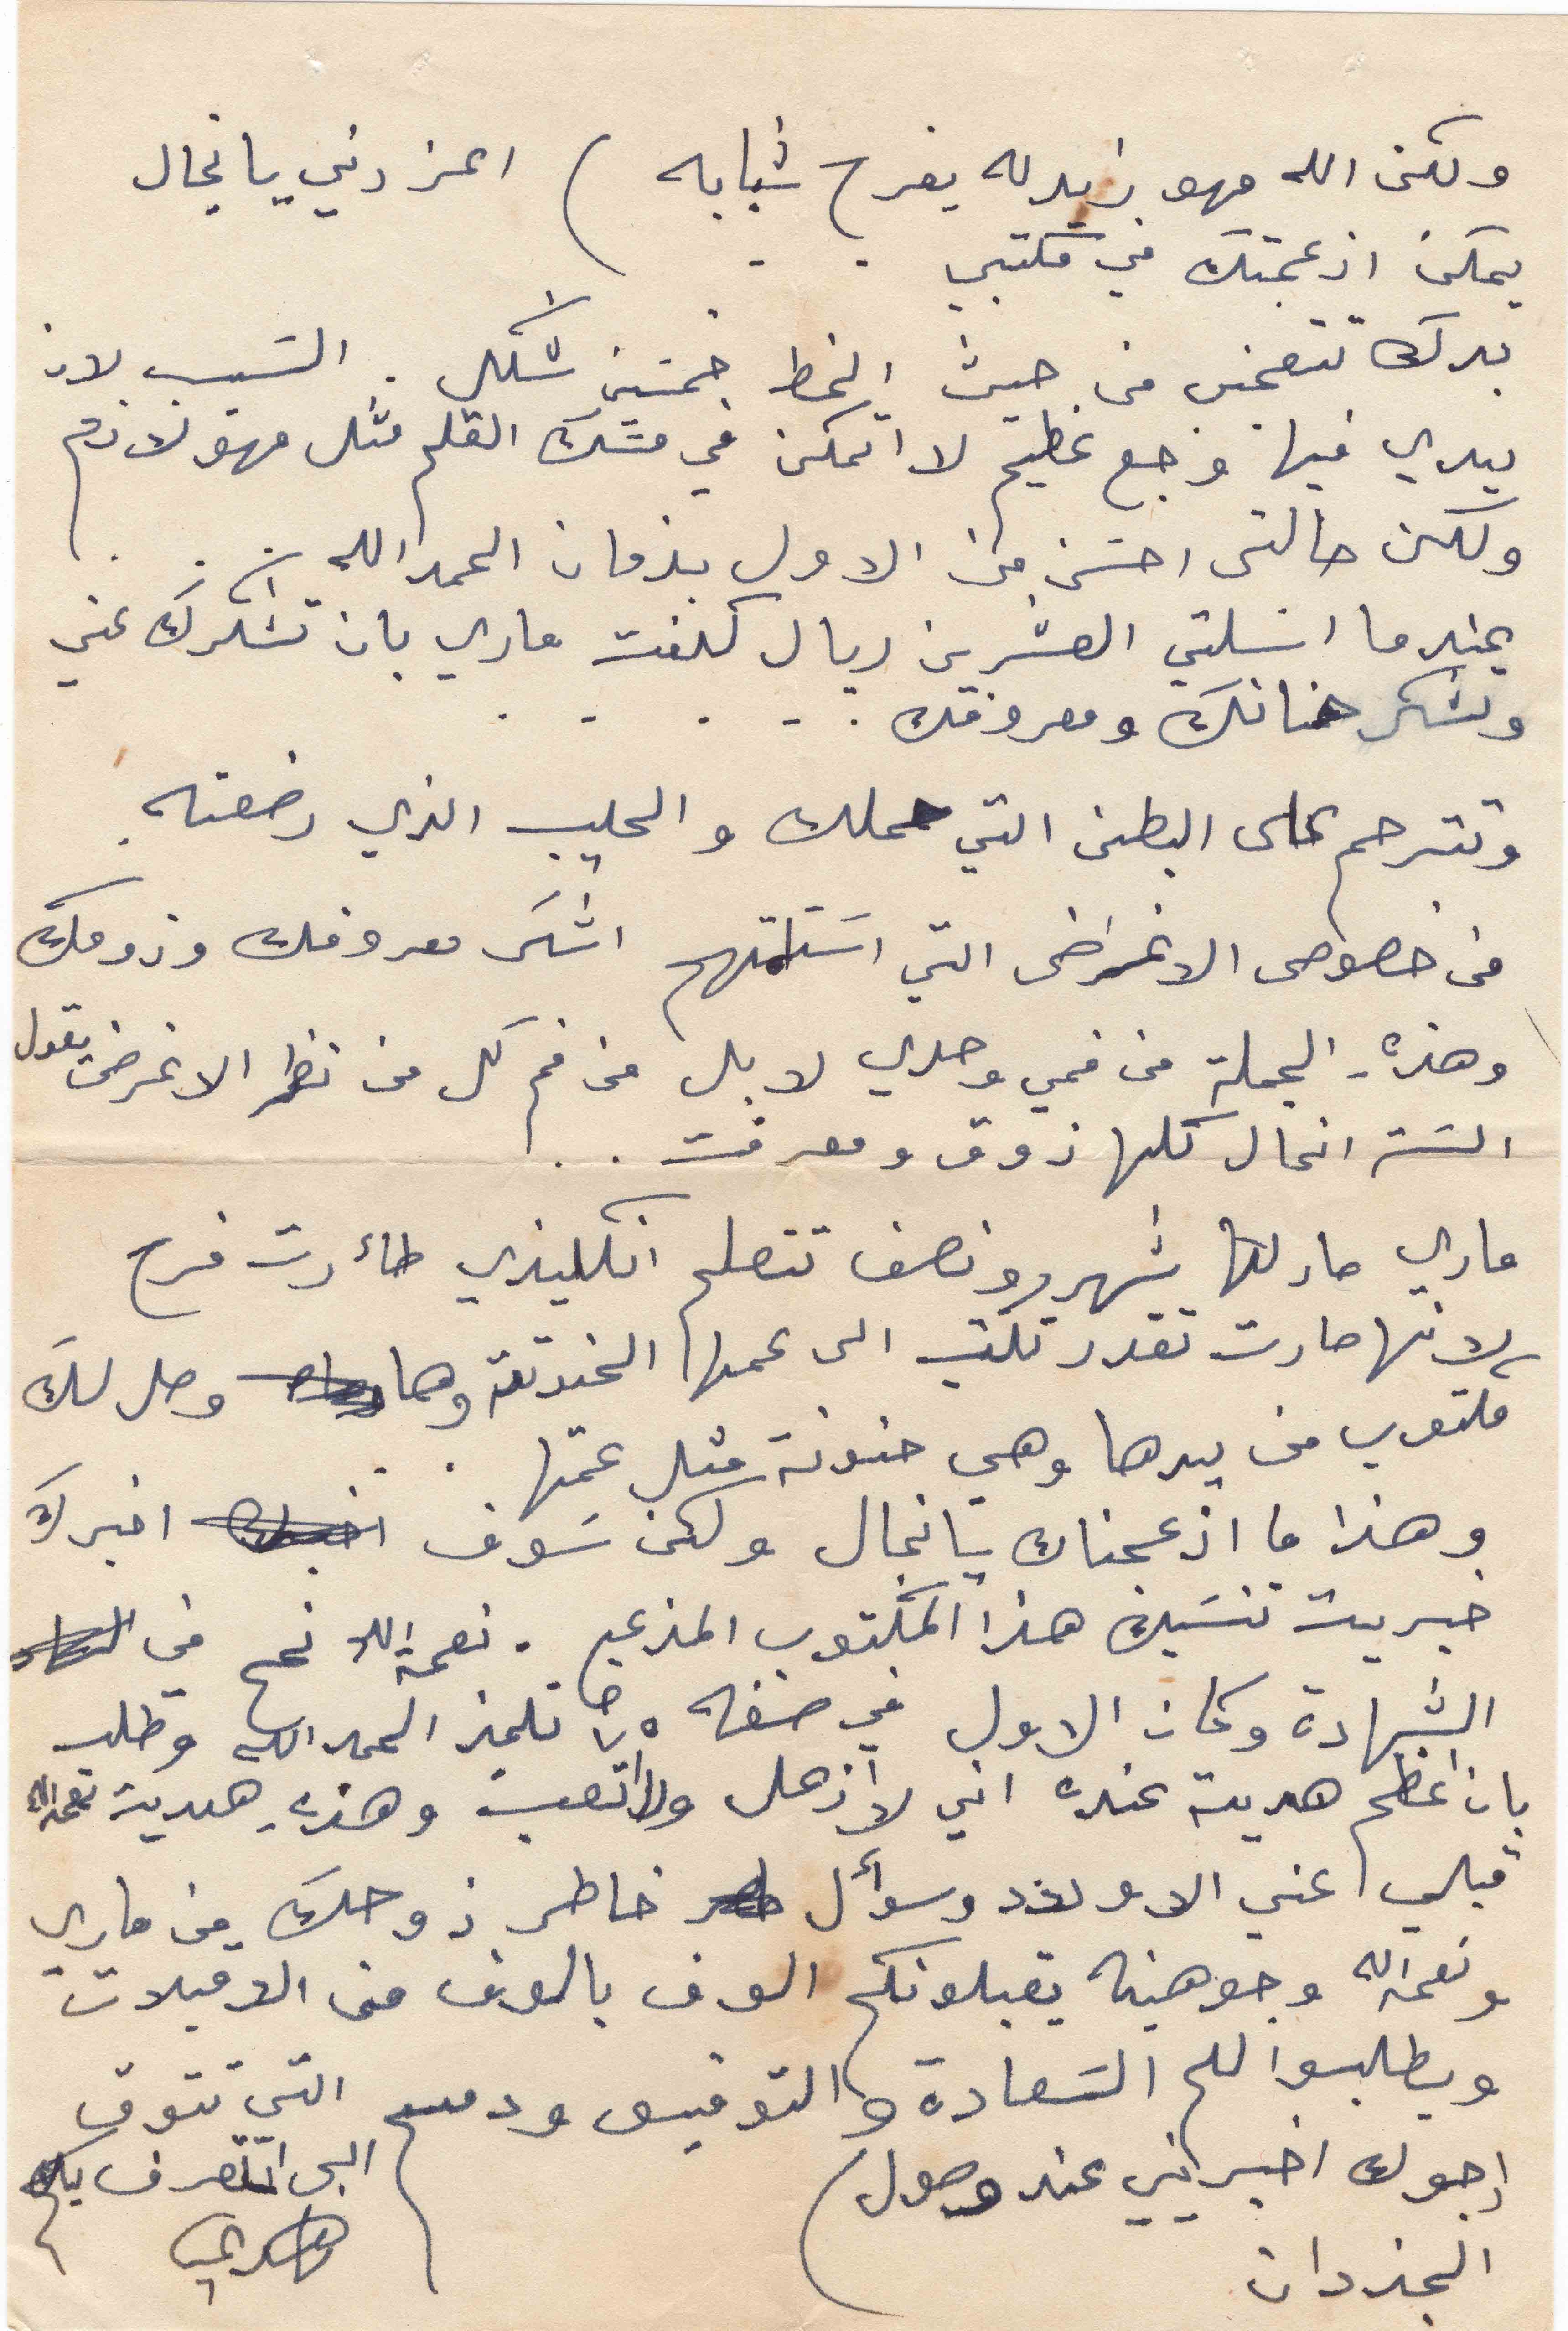
ولكن الله مهو زيدله يفرح شبابه ) اعز دني يانجال
يمكن ازعجتك في مكتبي
بدك تتعجبي من حيث الخط خمسبن شكل. السبب لان
يدي فيها وجع عظيم لا اتمكن في مسك القلم مثل مهو لازم
ولكن حالتي احسن من الاول بزمان الحمد الله
عندما ارسلتي العشرين ريال كلفت ماري بان تشكرك عني
وتشكر حنانك ومعروفك ....
وتترحم على البطن التي حملك والحليب الذي رضعته.
في خصوص الاغراض التي استلمتهم اشكر معروفك وذوقك
وهذه الجملة من فمي وحدي لا بل من فم كل من نظر الاغراض يقول
الست انجال كلها ذوق ومعرفت ..
ماري صار لها شهرين ونصف تتعلم انكليزي طأرت فرح
لانها صارت تقدر تكتب الى عمها الحنونة وها وصل لكَ
مكتوب من يدها وهي حنونة متل عمتها .
وهذا ما ازعجناك يانجال ولكن سوف اخبرك
خبريت تنسيك هذا المكتوب المزعج . نعمة اللا نجح في
الشهادة وكان الاول في صفه ٧٥ تلميذ الحمدلله وطلب
بان اعظم هدية عنده اني لا ازعل ولا اتعب وهذي هدية نعمه الله
قبلي عني الاولاد وسؤال خاطر زوجك من ماري
ونعمه الله وجوهينه يقبلونكم الوف بالوف من الاقبلات
ويطلبوا لكم السَعادة والتوفيق ودمتم
ارجوك اخبريني عند وصول
الجزدان
التي تتوق
الى التعرف بكم